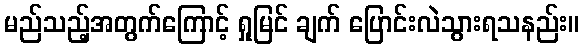
မည်သည့်အတွက်ကြောင့် ရှုမြင် ချက် ပြောင်းလဲသွားရသနည်း။